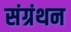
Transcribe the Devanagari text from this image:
संग्रंथन